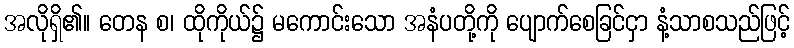
အလိုရှိ၏။ တေန စ၊ ထိုကိုယ်၌ မကောင်းသော အနံပတို့ကို ပျောက်စေခြင်ငှာ နံ့သာစသည်ဖြင့်